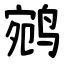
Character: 鹓